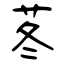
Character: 苳